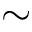
\sim